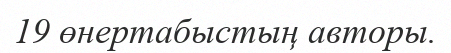
19 өнертабыстың авторы.